Report on sanitation, dispensaries, and jails in Rajputana for 1919, and on vaccination for the year 1919-1920 - 1919-1920
Year: 1919
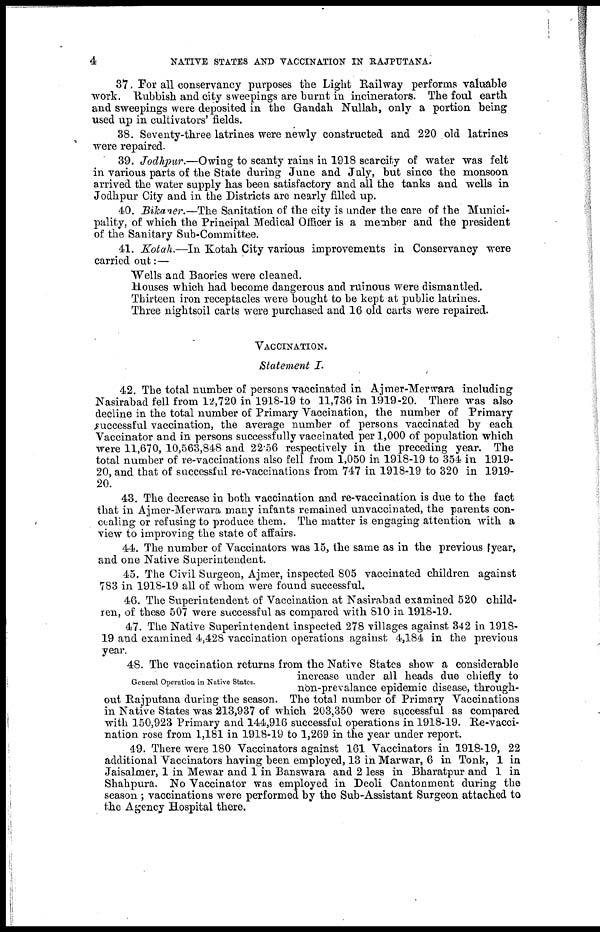
4
NATIVE STATES AND VACCINATION IN RAJPUTANA.
37. For all conservancy purposes the Light Railway performs valuable
work. Rubbish and city sweepings are burnt in incinerators. The foul earth
and sweepings were deposited in the Gandah Nullah, only a portion being
used up in cultivators' fields.
38. Seventy-three latrines were newly constructed and 220 old latrines
were repaired.
39. Jodhpur.—Owing to scanty rains in 1918 scarcity of water was felt
in various parts of the State during June and July, but since the monsoon
arrived the water supply has been satisfactory and all the tanks and wells in
Jodhpur City and in the Districts are nearly filled up.
40. Bikaner.—The Sanitation of the city is under the care of the Munici-
pality, of which the Principal Medical Officer is a member and the president
of the Sanitary Sub-Committee.
41. Kotah.—In Kotah City various improvements in Conservancy were
carried out:—
Wells and Baories were cleaned.
Houses which had become dangerous and ruinous were dismantled.
Thirteen iron receptacles were bought to be kept at public latrines.
Three nightsoil carts were purchased and 16 old carts were repaired.
VACCINATION.
Statement I.
42. The total number of persons vaccinated in Ajmer-Merwara including
Nasirabad fell from 12,720 in 1918-19 to 11,736 in 1919-20. There was also
decline in the total number of Primary Vaccination, the number of Primary
successful vaccination, the average number of persons vaccinated by each
Vaccinator and in persons successfully vaccinated per 1,000 of population which
were 11,670, 10,563,848 and 22.56 respectively in the preceding year. The
total number of re-vaccinations also fell from 1,050 in 1918-19 to 354 in 1919-
20, and that of successful re-vaccinations from 747 in 1918-19 to 320 in 1919-
20.
43. The decrease in both vaccination and re-vaccination is due to the fact
that in Ajmer-Merwara many infants remained unvaccinated, the parents con-
cealing or refusing to produce them. The matter is engaging attention with a
view to improving the state of affairs.
44. The number of Vaccinators was 15, the same as in the previous year,
and one Native Superintendent.
45. The Civil Surgeon, Ajmer, inspected 805 vaccinated children against
783 in 1918-19 all of whom were found successful.
46. The Superintendent of Vaccination at Nasirabad examined 520 child-
ren, of these 507 were successful as compared with 810 in 1918-19.
47. The Native Superintendent inspected 278 villages against 342 in 1918-
19 and examined 4,428 vaccination operations against 4,184 in the previous
year.
General Operation in Native States.
48. The vaccination returns from the Native States show a considerable
increase under all heads due chiefly to
non-prevalance epidemic disease, through-
out Rajputana during the season. The total number of Primary Vaccinations
in Native States was 213,937 of which 203,350 were successful as compared
with 150,923 Primary and 144,916 successful operations in 1918-19. Re-vacci-
nation rose from 1,181 in 1918-19 to 1,269 in the year under report.
49. There were 180 Vaccinators against 161 Vaccinators in 1918-19, 22
additional Vaccinators having been employed, 13 in Marwar, 6 in Tonk, 1 in
Jaisalmer, 1 in Mewar and 1 in Banswara and 2 less in Bharatpur and 1 in
Shahpura. No Vaccinator was employed in Deoli Cantonment during the
season ; vaccinations were performed by the Sub-Assistant Surgeon attached to
the Agency Hospital there.